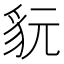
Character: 𧲦